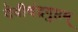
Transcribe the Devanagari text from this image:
देवीचंद्रगुप्तम्‌